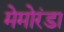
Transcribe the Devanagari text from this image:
मेमोरंडा